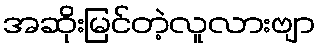
အဆိုးမြင်တဲ့လူလားဗျာ